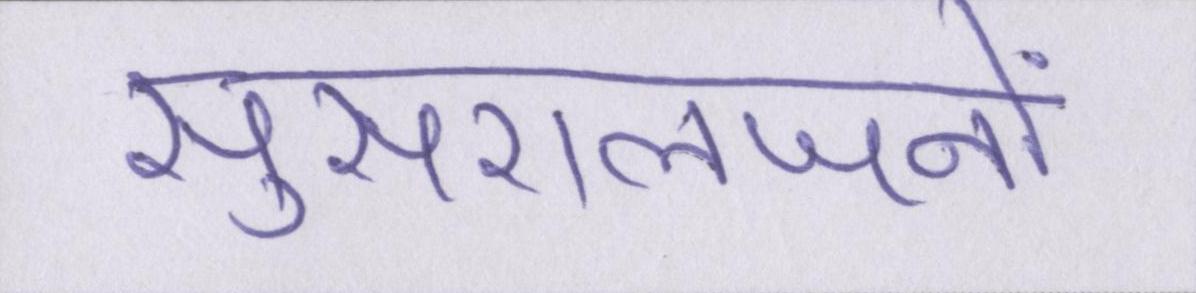
सुसरालजनों